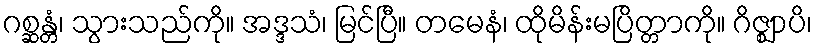
ဂစ္ဆန္တံ၊ သွားသည်ကို။ အဒ္ဒသံ၊ မြင်ပြီ။ တမေနံ၊ ထိုမိန်းမပြိတ္တာကို။ ဂိဇ္ဈာပိ၊